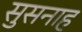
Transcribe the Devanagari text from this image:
सुसनाह